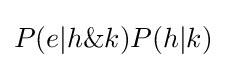
P(e|h\&k)P(h|k)